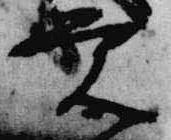
覚